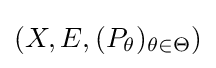
(X,E,(P_{\theta })_{\theta \in \Theta })